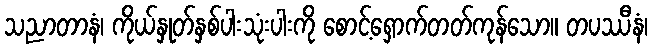
သညာတာနံ၊ ကိုယ်နှုတ်နှစ်ပါးသုံးပါးကို စောင့်ရှောက်တတ်ကုန်သော။ တပဿီနံ၊